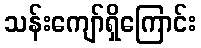
သန်းကျော်ရှိကြောင်း